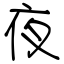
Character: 夜